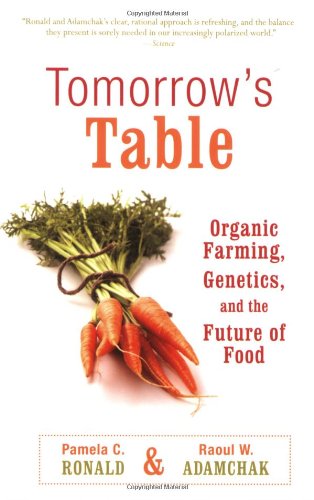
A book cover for Tomorrow's Table: Organic Farming, Genetics, and the Future of Food; Pamela C. Ronald; Medical Books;